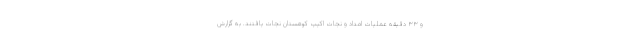
و ۳۳ دقیقه عملیات امداد و نجات اکیپ کوهستان نجات یافتند. به گزارش